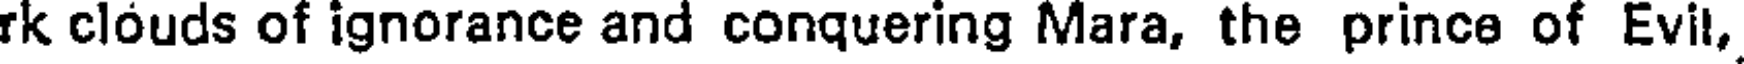
rk clouds of ignorance and conquering Mara, the prince of Evil,